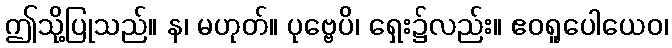
ဤသို့ပြုသည်။ န၊ မဟုတ်။ ပုဗ္ဗေပိ၊ ရှေး၌လည်း။ ဧဝရူပေါယေဝ၊